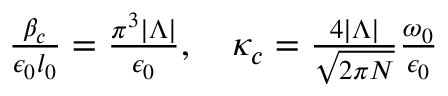
\begin{array} { r } { \frac { \beta _ { c } } { \epsilon _ { 0 } l _ { 0 } } = \frac { \pi ^ { 3 } | \Lambda | } { \epsilon _ { 0 } } , \ \ \ \kappa _ { c } = \frac { 4 | \Lambda | } { \sqrt { 2 \pi N } } \frac { \omega _ { 0 } } { \epsilon _ { 0 } } } \end{array}